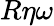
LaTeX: R\eta\omega